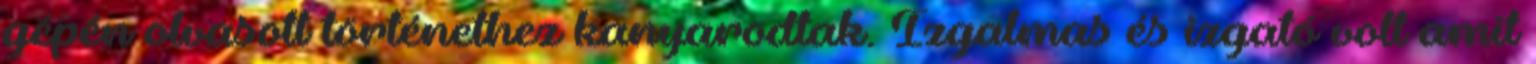
gépén olvasott történethez kanyarodtak. Izgalmas és izgató volt amit